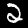
Digit: 2